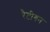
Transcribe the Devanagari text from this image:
रैटीगन